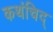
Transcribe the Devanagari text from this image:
कथंचिद्